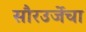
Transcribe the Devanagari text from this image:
सौरउर्जेचा